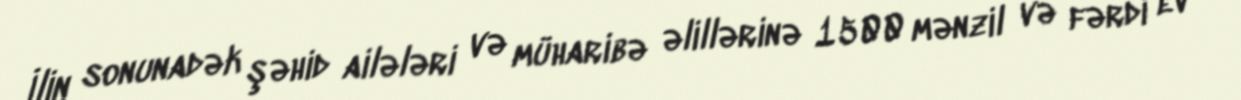
İlin sonunadək şəhid ailələri və müharibə əlillərinə 1500 mənzil və fərdi ev